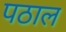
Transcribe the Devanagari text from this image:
पठाल